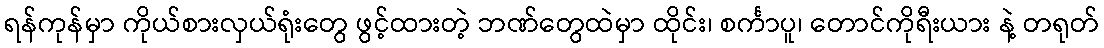
ရန်ကုန်မှာ ကိုယ်စားလှယ်ရုံးတွေ ဖွင့်ထားတဲ့ ဘဏ်တွေထဲမှာ ထိုင်း၊ စင်္ကာပူ၊ တောင်ကိုရီးယား နဲ့ တရုတ်